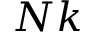
N k